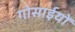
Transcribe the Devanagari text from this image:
गोसाईयों